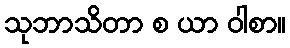
သုဘာသိတာ စ ယာ ဝါစာ။